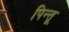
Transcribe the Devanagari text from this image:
पिन्तू